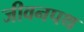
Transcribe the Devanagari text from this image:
जीवनपथ